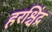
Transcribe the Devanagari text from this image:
हरश्चिंद्र